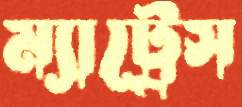
ম্যাট্রেস